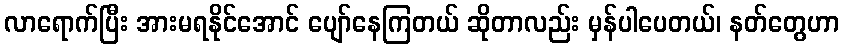
လာရောက်ပြီး အားမရနိုင်အောင် ပျော်နေကြတယ် ဆိုတာလည်း မှန်ပါပေတယ်၊ နတ်တွေဟာ